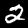
Digit: 2